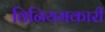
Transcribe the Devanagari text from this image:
विनियमकारी